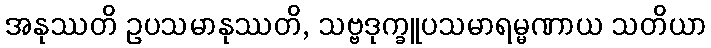
အနုဿတိ ဥပသမာနုဿတိ, သဗ္ဗဒုက္ခူပသမာရမ္မဏာယ သတိယာ